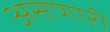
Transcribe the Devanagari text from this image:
असणाऱी